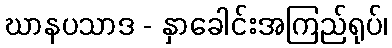
ဃာနပသာဒ - နှာခေါင်းအကြည်ရုပ်၊